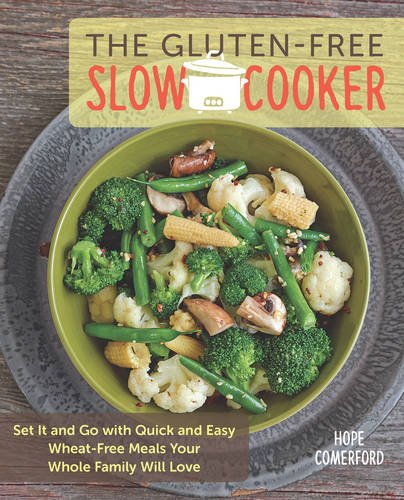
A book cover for The Gluten-Free Slow Cooker: Set It and Go with Quick and Easy Wheat-Free Meals Your Whole Family Will Love; Hope Comerford; Cookbooks, Food & Wine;